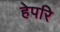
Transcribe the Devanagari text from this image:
हेपरि